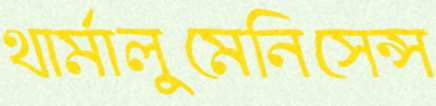
থার্মালুমেনিসেন্স